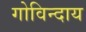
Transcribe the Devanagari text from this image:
गोविन्दाय